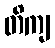
တိကျ